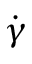
\dot { \gamma }